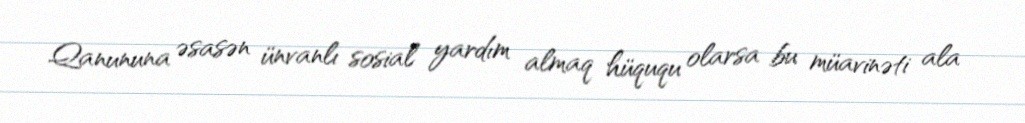
Qanununa əsasən ünvanlı sosial yardım almaq hüququ olarsa bu müavinəti ala